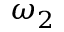
\omega _ { 2 }